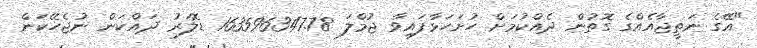
"އޭގެ ނަތީޖާއެއްގެ ގޮތުން ދެއްކުމަށް ހުށަހަޅާފައިވާ ޖުމްލަ 163596347.78 ޑޮލަރު ދައްކަން ނުޖެހޭކަން